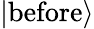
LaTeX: |{\mathrm{before}}\rangle